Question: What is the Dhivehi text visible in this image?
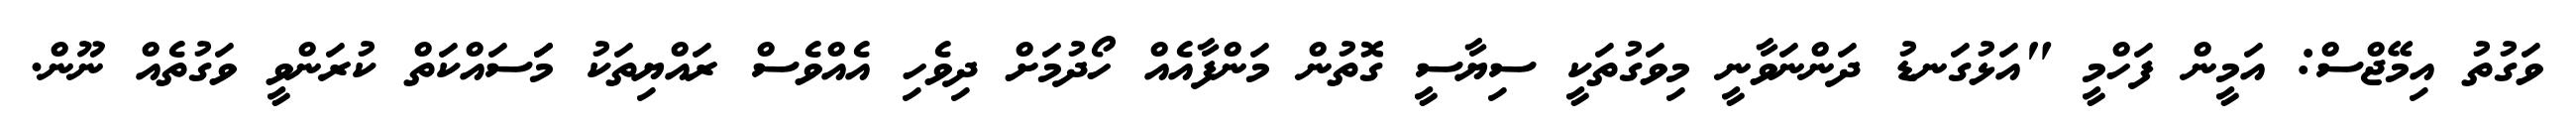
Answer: ވަގުތު އިމޭޖްސް: އަމީން ފަހްމީ "އަޅުގަނޑު ދަންނަވާނީ މިވަގުތަކީ ސިޔާސީ ގޮތުން މަންފާއެއް ހޯދުމަށް ދިވެހި އެއްވެސް ރައްޔިތަކު މަަސައްކަތް ކުރަންވީ ވަގުތެއް ނޫން.